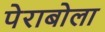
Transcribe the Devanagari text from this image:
पेराबोला